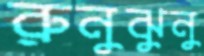
রুনুঝুনু